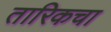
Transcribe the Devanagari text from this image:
तारिकचा